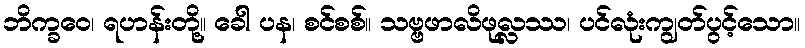
ဘိက္ခဝေ၊ ရဟန်းတို့။ ခေါ ပန၊ စင်စစ်။ သဗ္ဗဖာလိဖုလ္လဿ၊ ပင်လုံးကျွတ်ပွင့်သော။